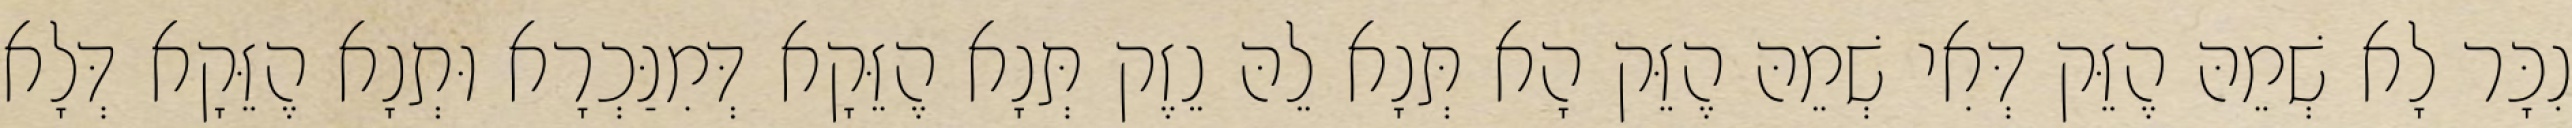
נִכָּר לָא שְׁמֵהּ הֶזֵּק דְּאִי שְׁמֵהּ הֶזֵּק הָא תְּנָא לֵהּ נֵזֶק תְּנָא הֶזֵּקָא דְּמִנַּכְרָא וּתְנָא הֶזֵּקָא דְּלָא